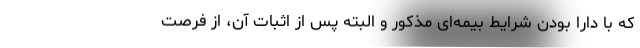
که با دارا بودن شرایط بیمه‌ای مذکور و البته پس از اثبات آن، از فرصت